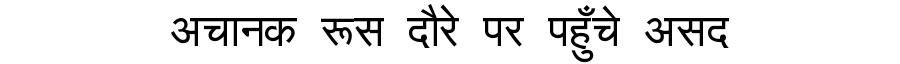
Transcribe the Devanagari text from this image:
अचानक रूस दौरे पर पहुँचे असद